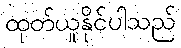
ထုတ်ယူနိုင်ပါသည်